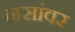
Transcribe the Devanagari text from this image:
नसांवर